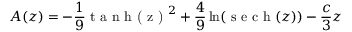
A ( z ) = - \frac { 1 } { 9 } \textrm { t a n h ( z ) } ^ { 2 } + \frac { 4 } { 9 } \ln ( \textrm { s e c h } ( z ) ) - \frac { c } { 3 } z